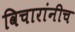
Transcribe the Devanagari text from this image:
विचारांनीच